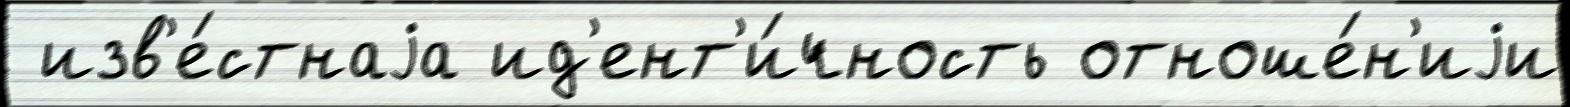
 изв'е́стнаjа ид'ент'и́чность отноше́н'иjи